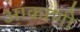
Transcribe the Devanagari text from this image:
आकाणी